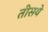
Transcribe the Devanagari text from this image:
तीसये